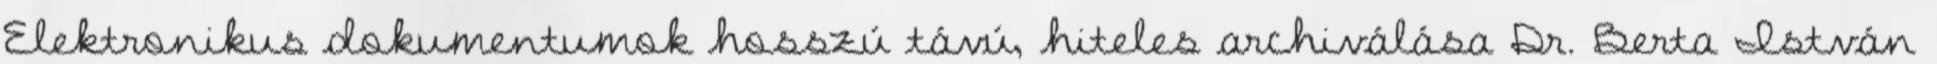
Elektronikus dokumentumok hosszú távú, hiteles archiválása Dr. Berta István